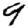
Digit: 9